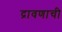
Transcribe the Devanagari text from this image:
द्रावणाची